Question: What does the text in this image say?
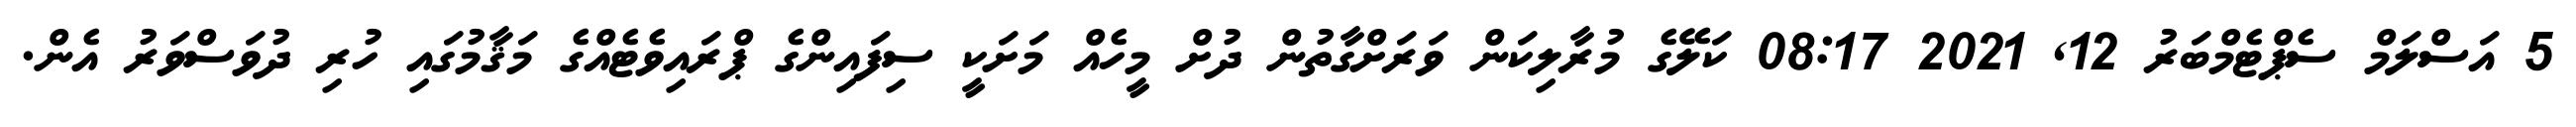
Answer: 5 އަސްލަމް ސެޕްޓެމްބަރު 12, 2021 08:17 ކަލޭގެ މުރާލިކަން ވަރަށްގާތުން ދުށް މީހެއް މަށަކީ ސިފައިންގެ ޕްރައިވެޓެއްގެ މަޤާމުގައި ހުރި ދުވަސްވަރު އެން.